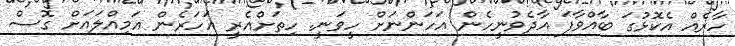
ހާރެއް އެކޮޅުގަ ބާއްވާފަ އާދެވުނީހެން އަހަންނަށް ހީވަނީ. ހިތަށްއެރީ އަހަރެން އަމިއްލައަށް ގޮސް